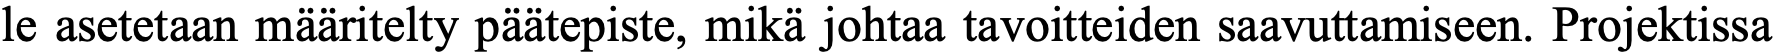
le asetetaan määritelty päätepiste, mikä johtaa tavoitteiden saavuttamiseen. Projektissa